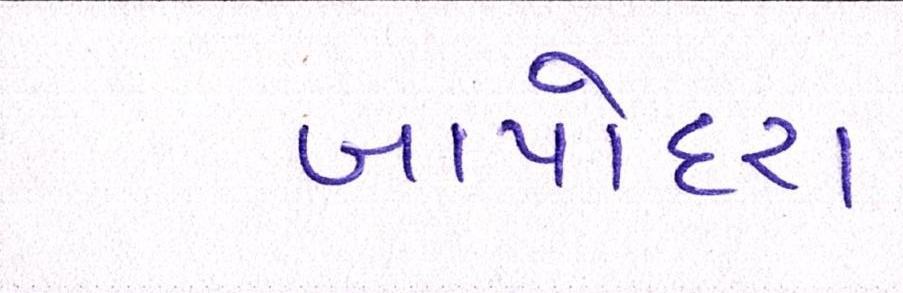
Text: બાપોદરા